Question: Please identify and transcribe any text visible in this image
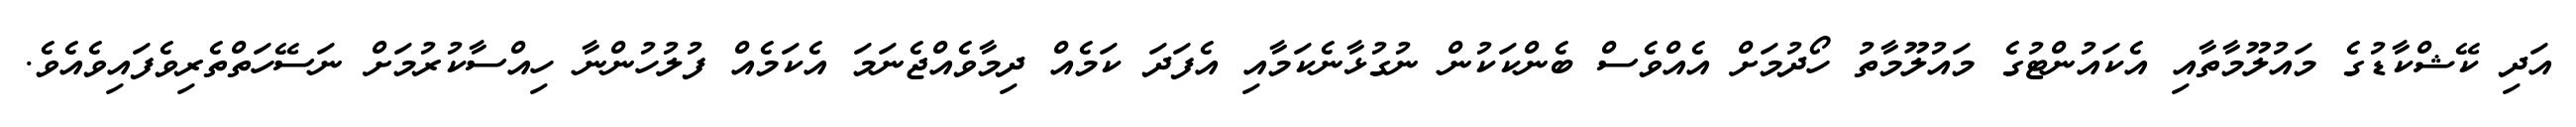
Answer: އަދި ކޭޝްކާޑުގެ މައުލޫމާތާއި އެކައުންޓުގެ މައުލޫމާތު ހޯދުމަށް އެއްވެސް ބެންކަކުން ނުގުޅާނެކަމާއި އެފަދަ ކަމެއް ދިމާވެއްޖެނަމަ އެކަމެއް ފުލުހުންނާ ހިއްސާކުރުމަށް ނަސޭހަތްތެރިވެފައިވެއެވެ.